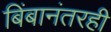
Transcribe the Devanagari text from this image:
बिंबानंतरही